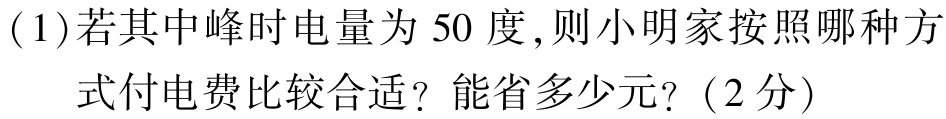
(1)若其中峰时电量为 50 度,则小明家按照哪种方
式付电费比较合适？能省多少元?（2 分）